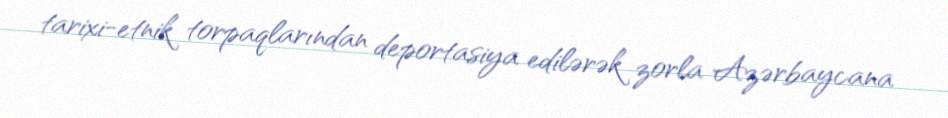
tarixi-etnik torpaqlarından deportasiya edilərək zorla Azərbaycana